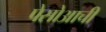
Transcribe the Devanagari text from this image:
पेसोआची